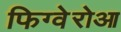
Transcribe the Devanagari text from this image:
फिग्वेरोआ